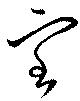
室